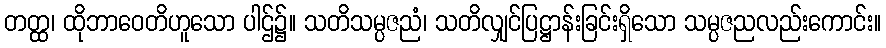
တတ္ထ၊ ထိုဘာဝေတိဟူသော ပါဌ်၌။ သတိသမ္ပဇညံ၊ သတိလျှင်ပြဋ္ဌာန်းခြင်းရှိသော သမ္ပဇညလည်းကောင်း။